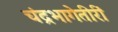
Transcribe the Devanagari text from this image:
चंद्रभागेतीरीं